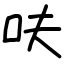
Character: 呋